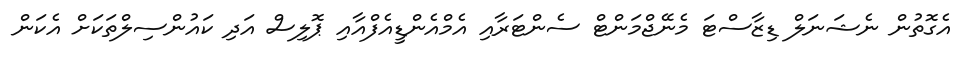
އެގޮތުން ނެޝަނަލް ޑިޒާސްޓަ މެނޭޖްމަންޓް ސެންޓަރާއި އެމްއެންޑީއެފްއާއި ޕޮލިސް އަދި ކައުންސިލްތަކަށް އެކަން